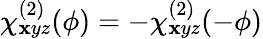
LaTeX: \chi_{\mathbf{x}yz}^{(2)}(\phi)=-\chi_{\mathbf{x}yz}^{(2)}(-\phi)